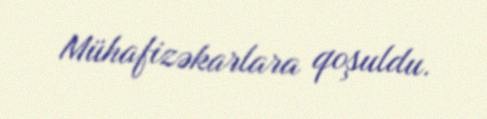
Mühafizəkarlara qoşuldu.